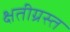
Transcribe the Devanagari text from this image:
क्षतीग्रस्त